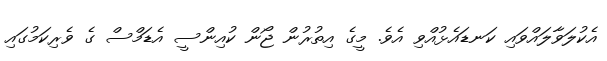
އެކުލަވާލައްވައި ކަނޑައެޅުއްވި އެވެ. މީގެ އިތުރުން ޖޯން ކުއިންސީ އެޑަމްސް ގެ ވެރިކަމުގައި